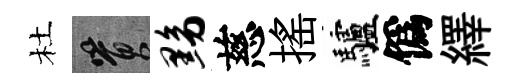
杜篔黝慈揺驢僞繹